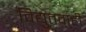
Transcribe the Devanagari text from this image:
विद्युतवाही